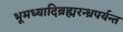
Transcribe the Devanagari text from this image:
भूमध्यादिब्रह्मरन्ध्रपर्यन्त